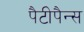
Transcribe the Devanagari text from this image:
पैटीपैन्स